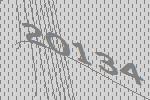
20134